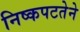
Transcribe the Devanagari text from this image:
निष्कपटतेने